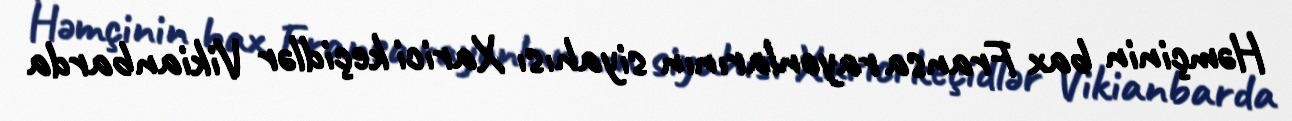
Həmçinin bax Fransa rayonlarının siyahısı Xarici keçidlər Vikianbarda